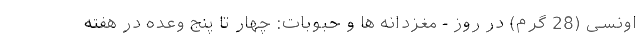
اونسی (28 گرم) در روز - مغزدانه ها و حبوبات: چهار تا پنج وعده در هفته